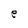
Character: e